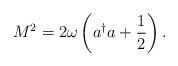
LaTeX: \begin{align*}M^{2}=2\omega \left( a^{\dagger }a+\frac{1}{2}\right) . \end{align*}